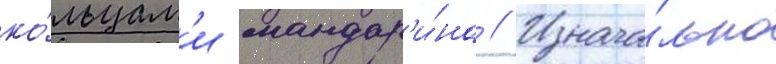
ко́льцам'и мандар'и́на // Изнача́льно